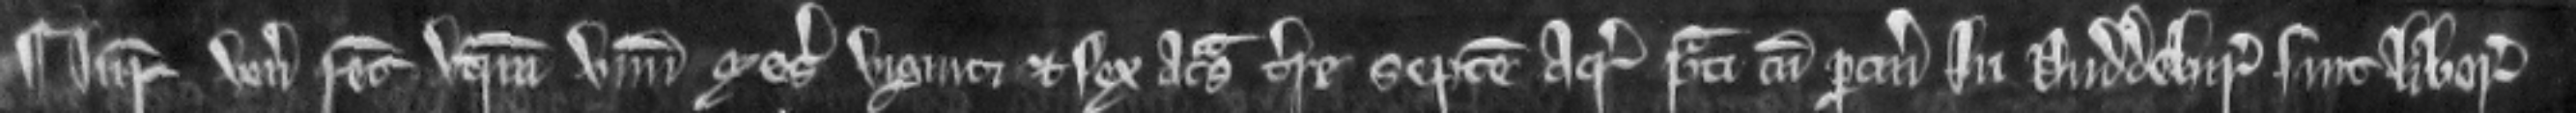
Jurata venit recognitura utrum unum mesuagium viginti et sex acras terre septem acre prati cum pertinenciis in Duddebir sint libera